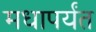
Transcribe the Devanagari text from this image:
मधापर्यंत